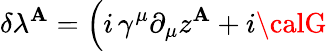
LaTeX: \delta\lambda^{\mathbf{A}}=\Big(i\, \gamma^{\mu}\partial_{\mu}z^{\mathbf{A}}+i{\calG}